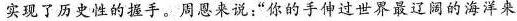
实现了历史性的握手。周恩来说：”你的手伸过世界最辽阔的海洋来